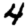
Digit: 4